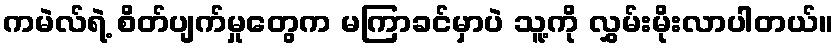
ကမဲလ်ရဲ့ စိတ်ပျက်မှုတွေက မကြာခင်မှာပဲ သူ့ကို လွှမ်းမိုးလာပါတယ်။